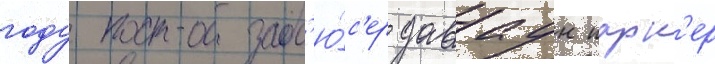
году прод'ю́с'ер даваун парк'ер